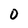
Character: 0